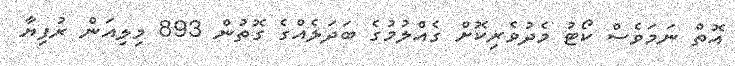
އޮތް ނަަމަވެސް ކޯޓު މެދުވެރިކޮށް ގެއްލުމުގެ ބަދަލެއްގެ ގޮތުން 893 މިލިއަން ރުފިޔާ